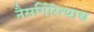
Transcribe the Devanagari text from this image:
नैसर्गिरित्याच